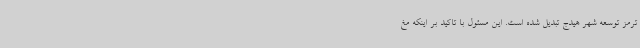
ترمز توسعه شهر هیدج تبدیل شده است. این مسئول با تاکید بر اینکه مغ